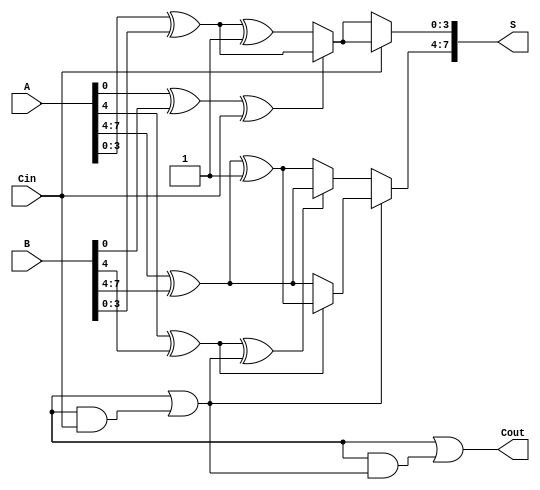
module carry_select_adder #(
    parameter N = 8, // Bit width of inputs A and B
    parameter M = 4  // Segment size
)(
    input [N-1:0] A, // First n-bit input
    input [N-1:0] B, // Second n-bit input
    input Cin,       // Carry-in
    output [N-1:0] S, // Sum output
    output Cout      // Carry-out
);

    wire [N/M-1:0] G [0:M]; // Generate signals
    wire [N/M-1:0] P [0:M]; // Propagate signals
    wire [N/M:0] C;         // Carry signals
    wire [N-1:0] S0, S1;    // Sum outputs for carry-in 0 and 1

    // Generate and Propagate signals for each bit
    genvar i, j;
    generate
        for (i = 0; i < N; i = i + 1) begin : gen_prop
            assign G[i/M][i%M] = A[i] & B[i]; // Generate
            assign P[i/M][i%M] = A[i] ^ B[i]; // Propagate
        end
    endgenerate

    // Carry Lookahead Logic
    assign C[0] = Cin;

    generate
        for (i = 1; i <= N/M; i = i + 1) begin : carry_gen
            assign C[i] = G[i-1][M-1] | (P[i-1][M-1] & C[i-1]);
        end
    endgenerate

    // Sum calculation for each segment
    generate
        for (j = 0; j < N/M; j = j + 1) begin : sum_calc
            // Calculate sum for carry-in 0
            assign S0[j*M +: M] = P[j][0] ^ C[j] ? (A[j*M +: M] ^ B[j*M +: M]) : (A[j*M +: M] ^ B[j*M +: M] ^ 1);
            // Calculate sum for carry-in 1
            assign S1[j*M +: M] = P[j][0] ^ (C[j] | (1 << (j-1))) ? (A[j*M +: M] ^ B[j*M +: M]) : (A[j*M +: M] ^ B[j*M +: M] ^ 1);
        end
    endgenerate

    // Final sum selection based on carry-in
    generate
        for (j = 0; j < N/M; j = j + 1) begin : final_sum
            assign S[j*M +: M] = C[j] ? S1[j*M +: M] : S0[j*M +: M];
        end
    endgenerate

    // Final carry-out
    assign Cout = C[N/M];

endmodule